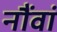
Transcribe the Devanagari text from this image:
नौंवां